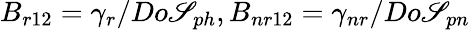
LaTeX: B_{r12}=\gamma_{r}/Do\mathscr{S}_{ph},B_{nr12}=\gamma_{nr}/Do\mathscr{S}_{pn}